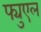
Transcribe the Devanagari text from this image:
फ्युएल